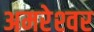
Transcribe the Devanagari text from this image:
अमरेश्‍वर